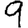
Digit: 9